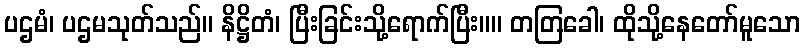
ပဌမံ၊ ပဌမသုတ်သည်။ နိဋ္ဌိတံ၊ ပြီးခြင်းသို့ရောက်ပြီး။။ တတြခေါ၊ ထိုသို့နေတော်မူသော